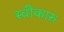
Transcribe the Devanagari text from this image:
स्वीकारु